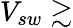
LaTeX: V_{sw}\gtrsim